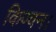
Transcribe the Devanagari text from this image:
किण्वन।